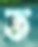
ত